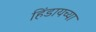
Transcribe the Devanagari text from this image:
हिंडायच्या